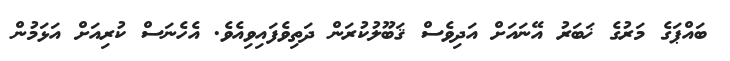
ބައްޕަގެ މަރުގެ ޚަބަރު އޭނައަށް އަދިވެސް ޤަބޫލުކުރަން ދަތިވެފައިވިއެވެ. އެހެނަސް ކުރިއަށް އަޅަމުން